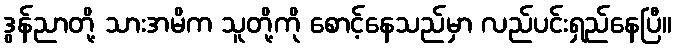
ဒွန်ညာတို့ သားအမိက သူတို့ကို စောင့်နေသည်မှာ လည်ပင်းရှည်နေပြီ။